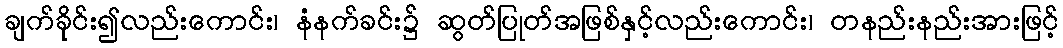
ချက်ခိုင်း၍လည်းကောင်း၊ နံနက်ခင်း၌ ဆွတ်ပြုတ်အဖြစ်နှင့်လည်းကောင်း၊ တနည်းနည်းအားဖြင့်